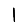
Digit: 1